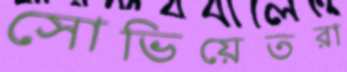
সোভিয়েতরা